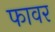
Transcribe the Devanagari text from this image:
फावर